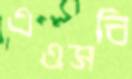
এএসবি